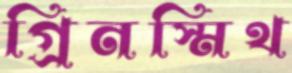
গ্রিনস্মিথ